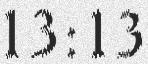
13:13